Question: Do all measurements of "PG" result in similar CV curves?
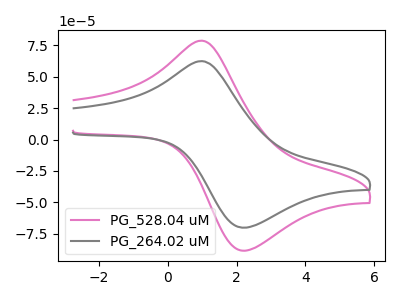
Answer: <think>The pink curve "PG_528.04 uM" has an anodic peak at (1.00V, 78.70uA) and a cathodic peak at (2.25V, -88.50uA). The gray curve "PG_264.02 uM" has an anodic peak at (1.00V, 62.40uA) and a cathodic peak at (2.25V, -70.20uA).
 All the peaks in "PG_528.04 uM" have a peak in "PG_264.02 uM" at the same potential. Every peak in "PG_528.04 uM" is higher than every peak in "PG_264.02 uM".</think>
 <answer>All the CV's of "PG" have similar shape.</answer>
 <eval>follow_rule</eval>